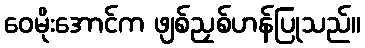
ဝေမိုးအောင်က ဖျစ်ညှစ်ဟန်ပြုသည်။